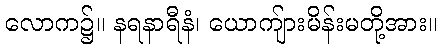
လောက၌။ နရနာရီနံ၊ ယောကျ်ားမိန်းမတို့အား။